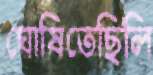
ঘোষিতেছিলি